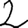
Digit: 2